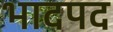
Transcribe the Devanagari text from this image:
भादपद